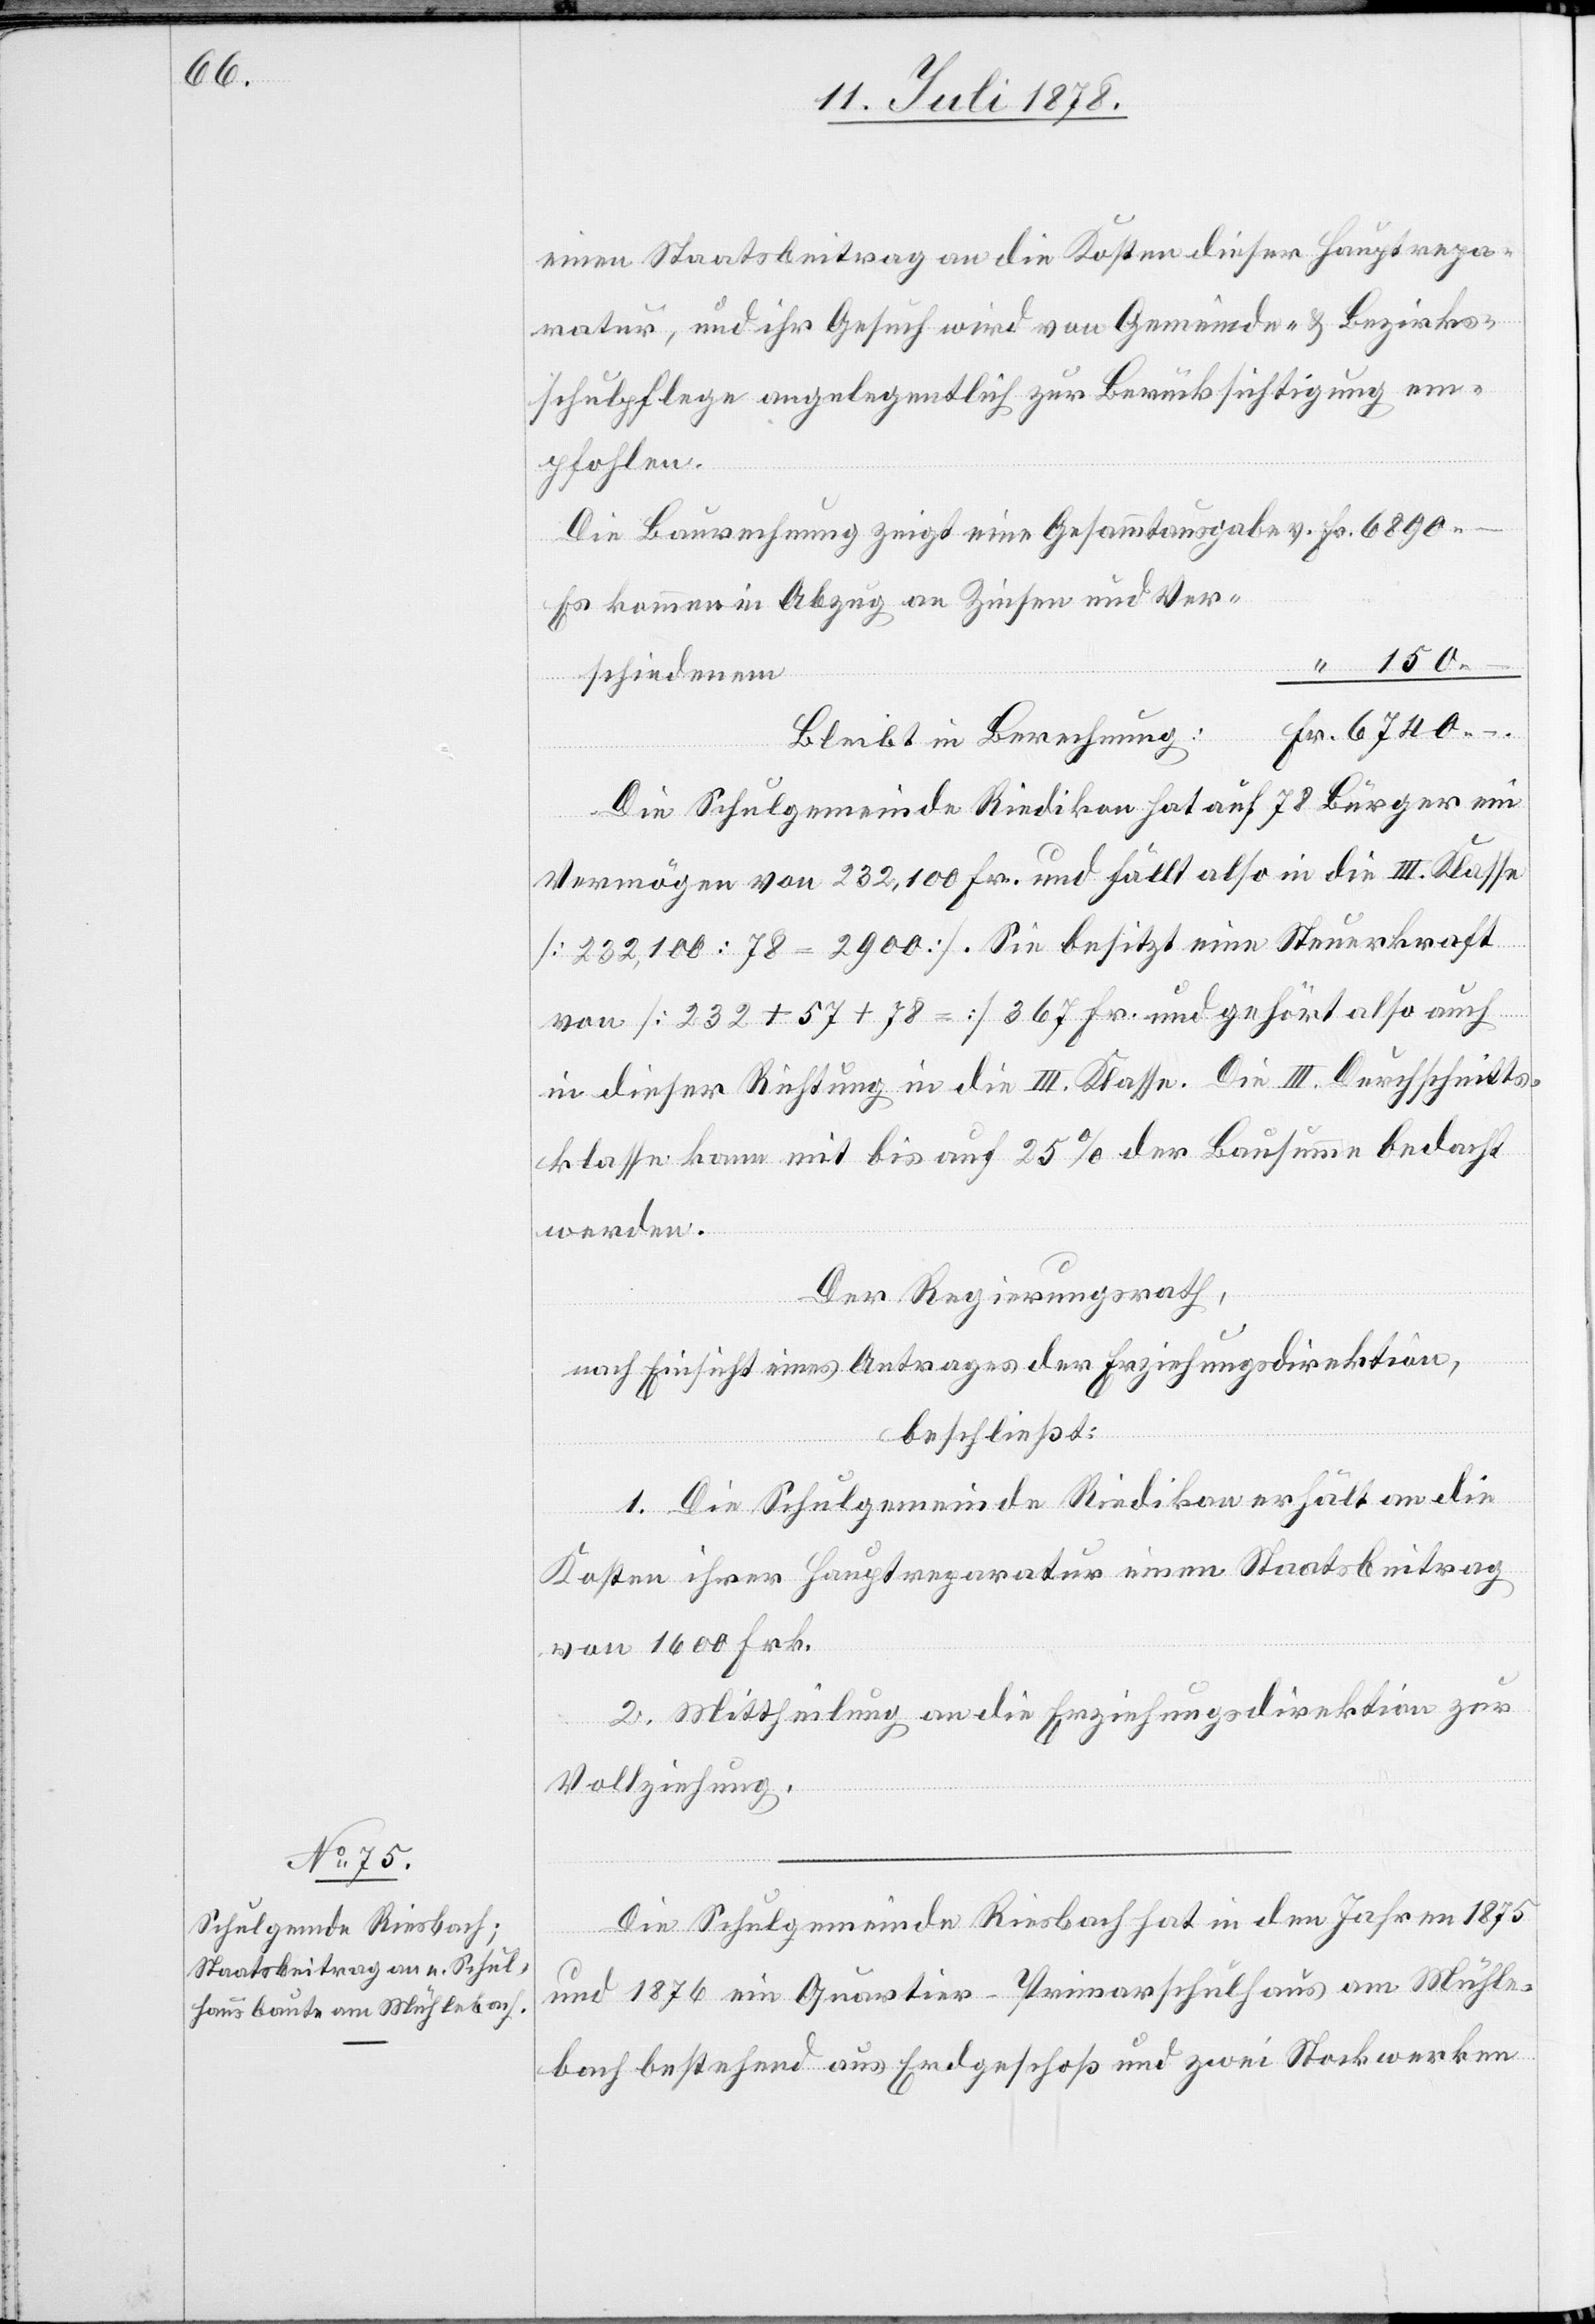
einen Staatsbeitrag an die Kosten dieser Hauptrepa¬
ratur, und ihr Gesuch wird von Gemeinde- & Bezirks¬
schulpflege angelegentlich zur Berücksichtigung em¬
pfohlen.
Die Baurechnung zeigt eine Gesammtausgabe v. Fr. 6890.–
Es kommen in Abzug an Zinsen und Ver¬
“ 150.–
schiedenem
Fr. 6740.–
Bleibt in Berechnung:
Die Schulgemeinde Riedikon hat auf 78 Bürger ein
Vermögen von 232,100 Fr. und fällt also in die III. Klasse
[232,100 : 78 = 2900]. Sie besitzt eine Steuerkraft
von [232 + 57 + 78 =] 367 Fr. und gehört also auch
in dieser Richtung in die III. Klasse. Die III. Durchschnitts¬
klasse kann mit bis auf 25% der Bausumme bedacht
werden.
Der Regierungsrath,
nach Einsicht eines Antrages der Erziehungsdirektion,
beschließt:
1. Die Schulgemeinde Riedikon erhält an die
Kosten ihrer Hauptreparatur einen Staatsbeitrag
von 1600 Frk.
2. Mittheilung an die Erziehungsdirektion zur
Vollziehung.
Die Schulgemeinde Riesbach hat in den Jahren 1875
und 1876 ein Quartier-Primarschulhaus am Mühle¬
bach bestehend aus Erdgeschoß und zwei Stockwerken